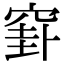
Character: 𥦛